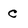
Character: c